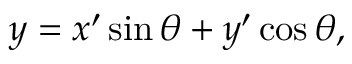
y = x ^ { \prime } \sin \theta + y ^ { \prime } \cos \theta ,